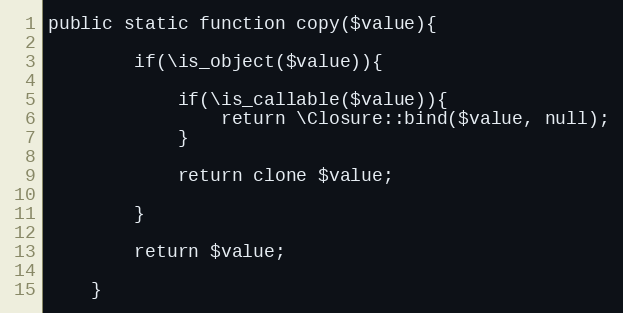
Language: PHP
public static function copy($value){

		if(\is_object($value)){

			if(\is_callable($value)){
				return \Closure::bind($value, null);
			}

			return clone $value;

		}

		return $value;

	}